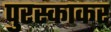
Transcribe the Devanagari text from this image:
पुरस्काकर